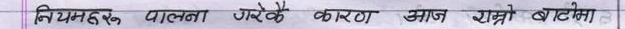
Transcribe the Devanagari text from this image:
निम्यहरु पालना गरेकै कारण समाज राम्रो बाटेका